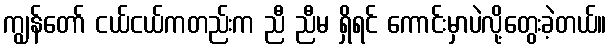
ကျွန်တော် ငယ်ငယ်ကတည်းက ညီ ညီမ ရှိရင် ကောင်းမှာပဲလို့တွေးခဲ့တယ်။